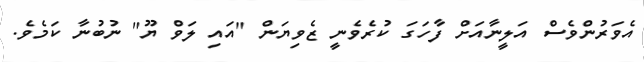
އެވަރުންވެސް އަލީނާއަށް ފާހަގަ ކުރެވެނީ ޒެވިޔަން "އައި ލަވް ޔޫ" ނުބުނާ ކަމެވެ.